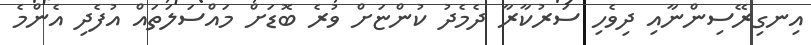
އިނގިރޭސިންނާއި ދިވެހި ސަރުކާރާ ދެމެދު ކުންޏަށް ވުރެ ބޮޑަށް މައްސަލަތައް އުފެދި އެންމެ